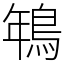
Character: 鵇